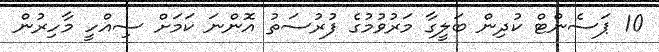
10 ޕަސެންޓް ކުދިން ބަލީގާ މަރުވުމުގެ ފުރުސަތު އޮންނަ ކަމަށް ސިއްހީ މާހިރުން